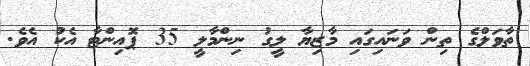
ތާވަލްގެ ތިން ވަނައިގައި މާޒިޔާ ލީގު ނިންމާލީ 35 ޕޮއިންޓާ އެކު އެވެ.